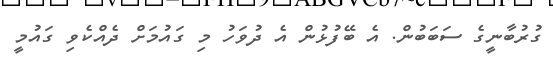
ގުރުބާނީގެ ސަބަބުން. އެ ބޭފުޅުން އެ ދުވަހު މި ގައުމަށް ދެއްކެވި ގައުމީ